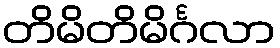
တိမိတိမိင်္ဂလာ